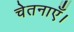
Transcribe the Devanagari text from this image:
चेतनाएँ।